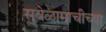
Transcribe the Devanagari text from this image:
सुवेळामाचीच्या